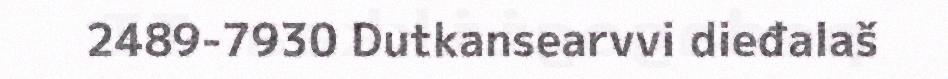
2489-7930 Dutkansearvvi dieđalaš